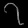
Digit: ၇